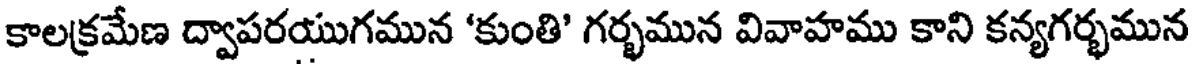
కాలక్రమేణ ద్వాపరయుగమున 'కుంతి' గర్భమున వివాహము కాని కన్యగర్భమున